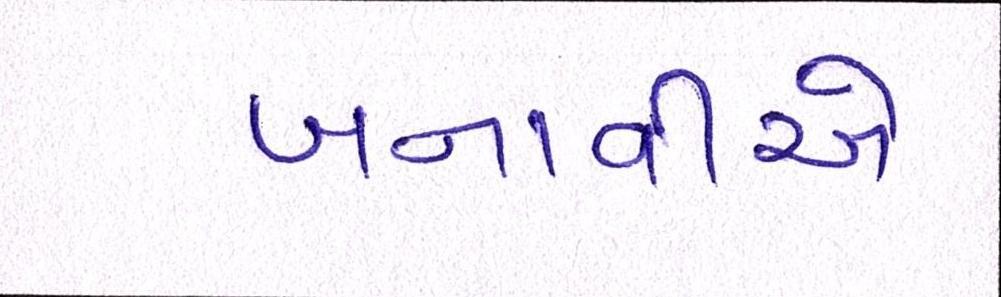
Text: બનાવીએ